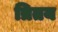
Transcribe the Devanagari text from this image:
त्रितय